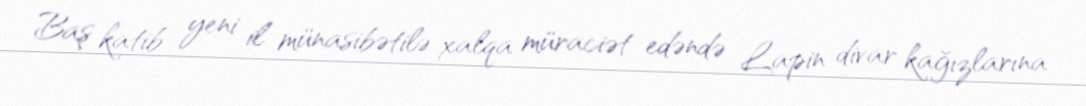
Baş katib yeni il münasibətilə xalqa müraciət edəndə Lapin divar kağızlarına